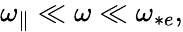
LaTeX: \begin{array}{r}{{\omega_{\parallel}}\ll\omega\ll\omega_{*e},}\end{array}